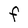
Character: F